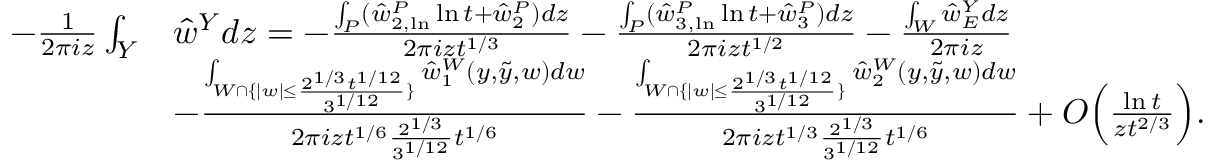
\begin{array} { r l } { - \frac { 1 } { 2 \pi i z } \int _ { Y } } & { \hat { w } ^ { Y } d z = - \frac { \int _ { P } ( \hat { w } _ { 2 , \ln } ^ { P } \ln { t } + \hat { w } _ { 2 } ^ { P } ) d z } { 2 \pi i z t ^ { 1 / 3 } } - \frac { \int _ { P } ( \hat { w } _ { 3 , \ln } ^ { P } \ln { t } + \hat { w } _ { 3 } ^ { P } ) d z } { 2 \pi i z t ^ { 1 / 2 } } - \frac { \int _ { W } \hat { w } _ { E } ^ { Y } d z } { 2 \pi i z } } \\ & { - \frac { \int _ { W \cap \{ | w | \leq \frac { 2 ^ { 1 / 3 } t ^ { 1 / 1 2 } } { 3 ^ { 1 / 1 2 } } \} } \hat { w } _ { 1 } ^ { W } ( y , \tilde { y } , w ) d w } { 2 \pi i z t ^ { 1 / 6 } \frac { 2 ^ { 1 / 3 } } { 3 ^ { 1 / 1 2 } } t ^ { 1 / 6 } } - \frac { \int _ { W \cap \{ | w | \leq \frac { 2 ^ { 1 / 3 } t ^ { 1 / 1 2 } } { 3 ^ { 1 / 1 2 } } \} } \hat { w } _ { 2 } ^ { W } ( y , \tilde { y } , w ) d w } { 2 \pi i z t ^ { 1 / 3 } \frac { 2 ^ { 1 / 3 } } { 3 ^ { 1 / 1 2 } } t ^ { 1 / 6 } } + O \Big ( \frac { \ln { t } } { z t ^ { 2 / 3 } } \Big ) . } \end{array}